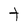
Character: t